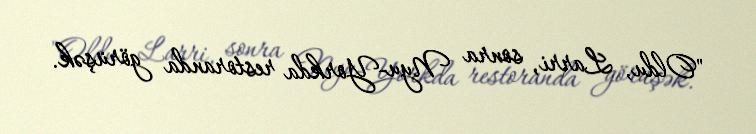
"Oldu, Larri, sonra Nyu-Yorkda restoranda görüşək.